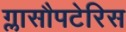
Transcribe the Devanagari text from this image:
ग्लासौपटेरिस